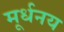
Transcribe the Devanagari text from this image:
मूर्धनय